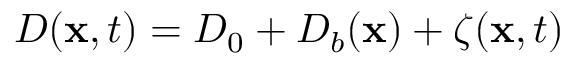
D ( \mathbf { x } , t ) = D _ { 0 } + D _ { b } ( \mathbf { x } ) + \zeta ( \mathbf { x } , t )